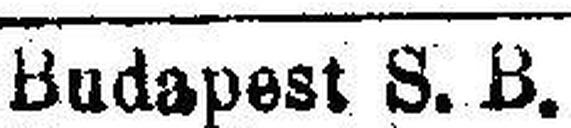
Budapest S. B.